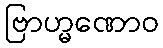
ဗြာဟ္မဏောဝ